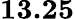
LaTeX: \boldsymbol{13.25}